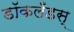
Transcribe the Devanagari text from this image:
डॉकलँडस्